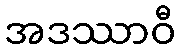
အဒဿာဝီ